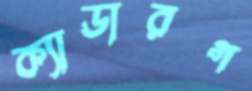
ক্যাডারগ